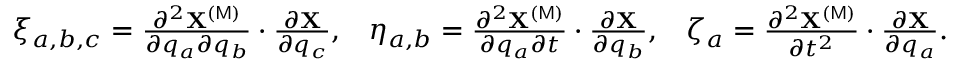
\begin{array} { l l l } { \xi _ { a , b , c } = \frac { \partial ^ { 2 } { \bf X } ^ { ( \mathsf { M } ) } } { \partial q _ { a } \partial q _ { b } } \cdot \frac { \partial { \bf X } } { \partial q _ { c } } , } & { \eta _ { a , b } = \frac { \partial ^ { 2 } { \bf X } ^ { ( \mathsf { M } ) } } { \partial q _ { a } \partial t } \cdot \frac { \partial { \bf X } } { \partial q _ { b } } , } & { \zeta _ { a } = \frac { \partial ^ { 2 } { \bf X } ^ { ( \mathsf { M } ) } } { \partial t ^ { 2 } } \cdot \frac { \partial { \bf X } } { \partial q _ { a } } . } \end{array}